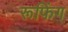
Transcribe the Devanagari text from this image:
रूफिंग